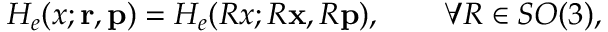
H _ { e } ( x ; { \mathbf { r } } , { \mathbf { p } } ) = H _ { e } ( R x ; R { \mathbf { x } } , R { \mathbf { p } } ) , \qquad \forall R \in S O ( 3 ) ,